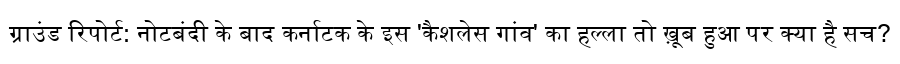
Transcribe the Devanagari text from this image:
ग्राउंड रिपोर्ट: नोटबंदी के बाद कर्नाटक के इस 'कैशलेस गांव' का हल्ला तो ख़ूब हुआ पर क्या है सच?